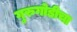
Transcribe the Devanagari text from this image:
गुरुगोडीचा